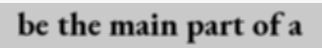
be the main part of a